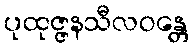
ပုထုဇ္ဇနသီလဝန္တေ